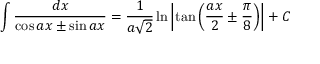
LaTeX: \int { \frac { d x } { \cos a x \pm \sin a x } } = { \frac { 1 } { a { \sqrt { 2 } } } } \ln \left| \tan \left( { \frac { a x } { 2 } } \pm { \frac { \pi } { 8 } } \right) \right| + C